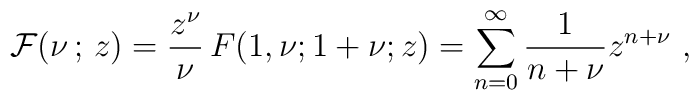
{\cal F}(\nu\,;\, z) =\frac{z^{\nu}}{\nu}\, F(1,\nu;1+\nu;z) =\sum_{n=0}^{\infty}\frac{1}{n+\nu}z^{n+\nu}~,